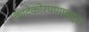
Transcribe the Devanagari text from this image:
काटेकोरपणाबद्दल